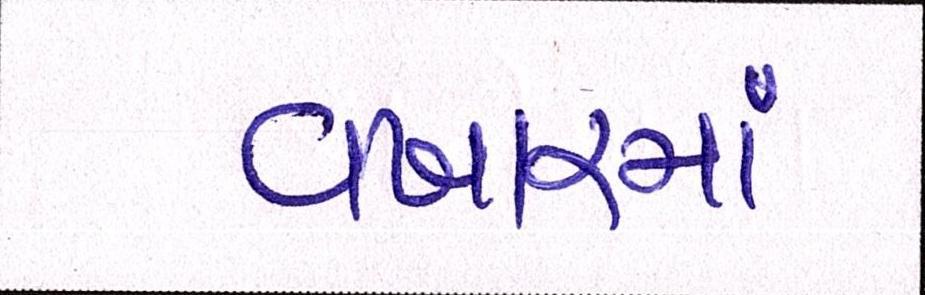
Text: વખારમાં